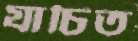
যাচিত